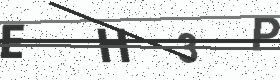
Text: EH3P